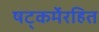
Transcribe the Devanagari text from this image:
षट्‍कर्मेरहित